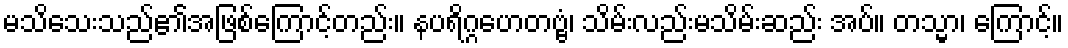
မသိသေးသည်၏အဖြစ်ကြောင့်တည်း။ နပရိဂ္ဂဟေတဗ္ဗံ၊ သိမ်းလည်းမသိမ်းဆည်း အပ်။ တသ္မာ၊ ကြောင့်။